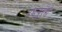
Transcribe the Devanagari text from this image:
डब्ल्यूएसी